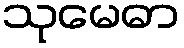
သုမေဓာ